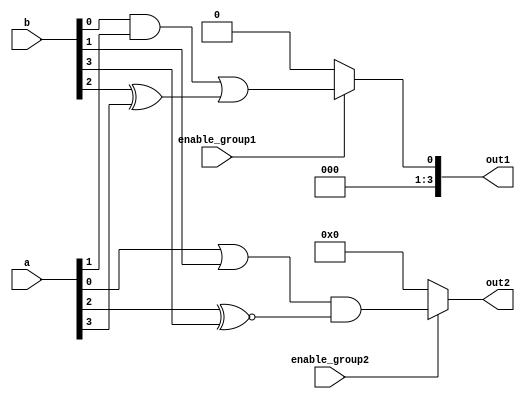
module overlapping_groups (
    input wire [3:0] a,        // Primary input signals
    input wire [3:0] b,        // Primary input signals
    input wire enable_group1,   // Control signal for Group 1
    input wire enable_group2,   // Control signal for Group 2
    output wire [3:0] out1,     // Output from Group 1
    output wire [3:0] out2      // Output from Group 2
);

// Group 1 Logic Block
wire [3:0] group1_inputs;
assign group1_inputs = {a[3], b[2], a[1], b[0]}; // Overlapping inputs

assign out1 = (enable_group1) ? (group1_inputs[0] & group1_inputs[1]) | (group1_inputs[2] ^ group1_inputs[3]) : 4'b0000;

// Group 2 Logic Block
wire [3:0] group2_inputs;
assign group2_inputs = {b[3], a[2], b[1], a[0]}; // Overlapping inputs

assign out2 = (enable_group2) ? (group2_inputs[0] | group2_inputs[1]) & (group2_inputs[2] ~^ group2_inputs[3]) : 4'b0000;

endmodule